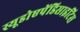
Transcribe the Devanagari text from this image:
स्यूडोएपेंडिसाइटिस